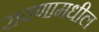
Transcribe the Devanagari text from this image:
रावणामधील